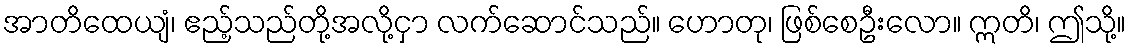
အာတိထေယျံ၊ ဧည့်သည်တို့အလို့ငှာ လက်ဆောင်သည်။ ဟောတု၊ ဖြစ်စေဦးလော။ ဣတိ၊ ဤသို့။